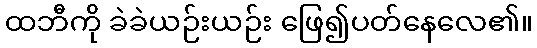
ထဘီကို ခဲခဲယဉ်းယဉ်း ဖြေ၍ပတ်နေလေ၏။